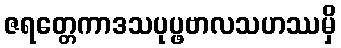
ဇရတ္တေကာဒသပုပ္ဖဗာလသဟဿမှိ